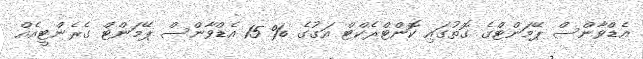
އެޑްވާންސް ޕޭމަންޓްގެ ގޮތުގައި ކޮންޓްރެކްޓް އަގުގެ % 15 އެޑްވާންސް ޕޭމަންޓް ގެރެންޓީއެއް